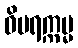
ဝိပရက္ကမ္မ